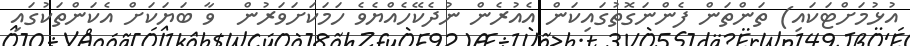
އުޅުމަށްޓަކައި) ތަންތަން ފެންނަގޮތުގައިކަން އެއުރެން ނުދެކޭހެއްޔެވެ ހަމަކަށަވަރުން  ވާ ބަޔަކަށް އެކަންތަކުގައި